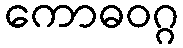
ကောဓဝဂ္ဂ